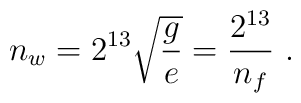
n_w =  2^{13} \sqrt{g \over e} = {2^{13}\over n_f} \ .